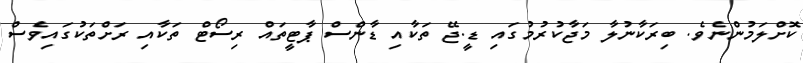
ކޮށްލަމުންނެވެ. ބިރަކާނުލާ މަޖާކުރުމުގައި ޑީ.ޖޭ ތަކާއި ޑާންސް ޕާޓީތައް ރިސޯޓް ތަކާއި ރަށްތަކުގައިވެސް